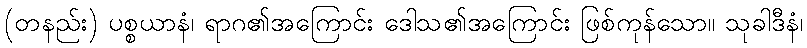
(တနည်း) ပစ္စယာနံ၊ ရာဂ၏အကြောင်း ဒေါသ၏အကြောင်း ဖြစ်ကုန်သော။ သုခါဒီနံ၊